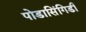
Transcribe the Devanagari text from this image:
पोडासिंगिडी